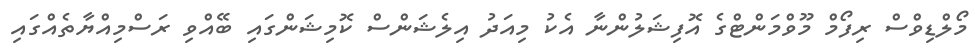
މޯލްޑިވްސް ރިފޯމް މޫވްމަންޓްގެ އޮފިޝަލުންނާ އެކު މިއަދު އިލެޝަންސް ކޮމިޝަންގައި ބޭއްވި ރަސްމިއްޔާތެއްގައި